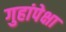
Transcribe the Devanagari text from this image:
गुहांपेक्षा